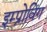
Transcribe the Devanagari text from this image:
इम्प्रोविंग